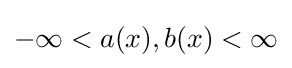
-\infty <a(x),b(x)<\infty